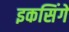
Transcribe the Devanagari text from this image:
इकसिंगें